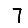
Digit: 7